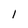
Character: 1